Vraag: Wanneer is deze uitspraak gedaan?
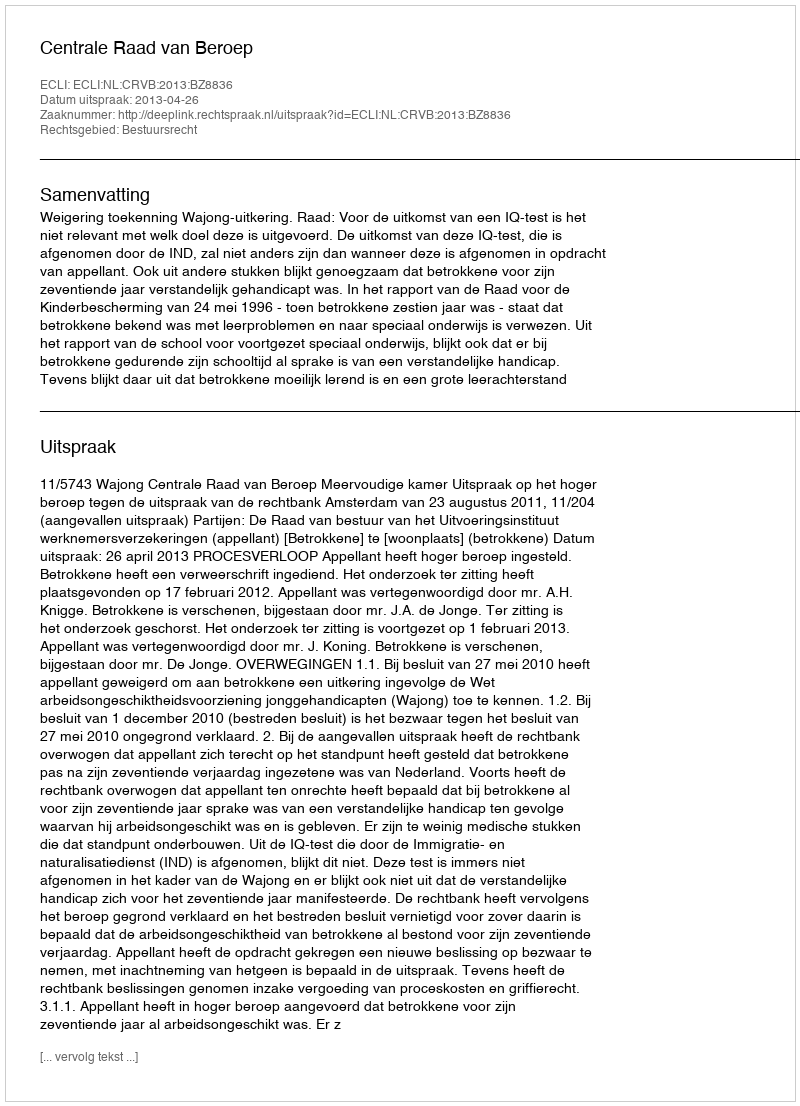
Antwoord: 2013-04-26